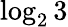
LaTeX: \log_{2}3